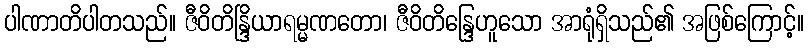
ပါဏာတိပါတသည်။ ဇီဝိတိန္ဒြိယာရမ္မဏတော၊ ဇီဝိတိန္ဒြေဟူသော အာရုံရှိသည်၏ အဖြစ်ကြောင့်။